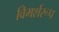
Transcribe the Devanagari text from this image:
विमर्शरूप